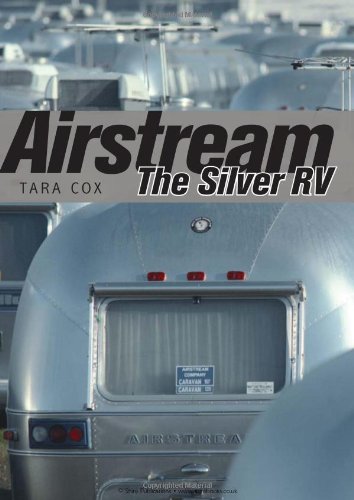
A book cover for Airstream: The Silver RV; Tara Cox; Humor & Entertainment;